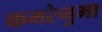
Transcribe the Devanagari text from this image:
कमरेनुमा